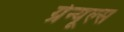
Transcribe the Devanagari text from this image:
ग्रेन्यूल्स